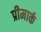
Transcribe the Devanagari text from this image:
प्रीमार्क